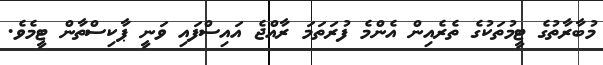
މުބާރާތުގެ ޓީމުތަކުގެ ތެރެއިން އެންމެ ފުރަތަމަ ރާއްޖެ އައިސްފައި ވަނީ ޕާކިސްތާން ޓީމެވެ.